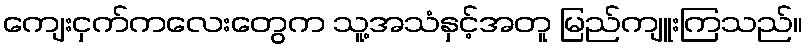
ကျေးငှက်ကလေးတွေက သူ့အသံနှင့်အတူ မြည်ကျူးကြသည်။